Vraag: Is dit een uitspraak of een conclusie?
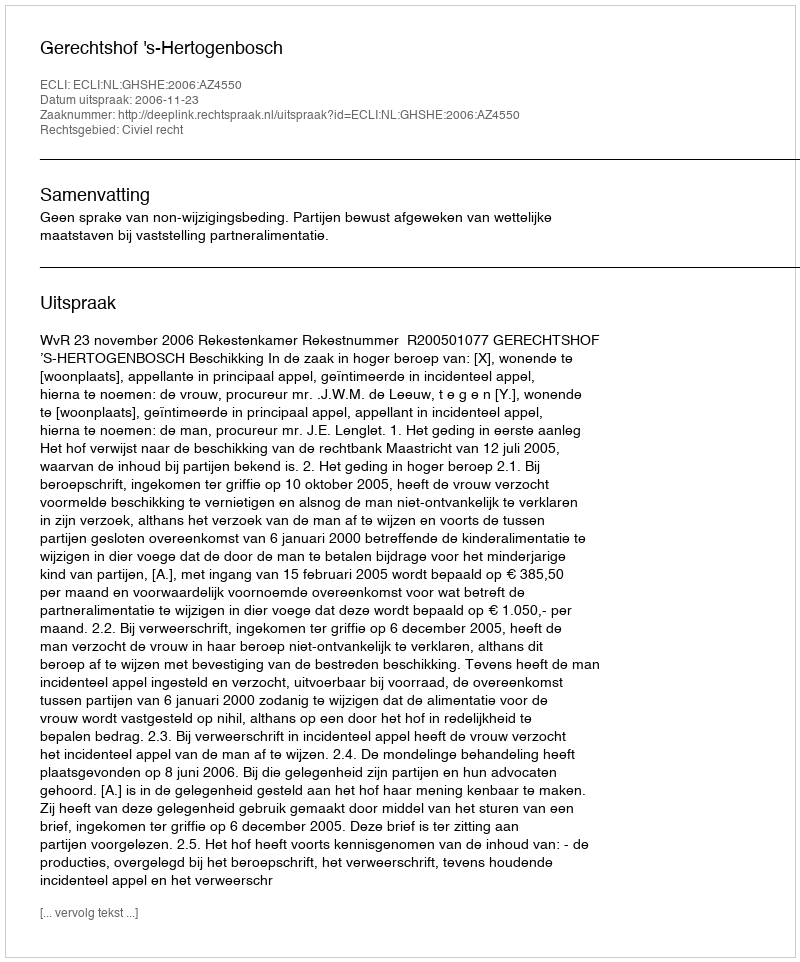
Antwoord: Uitspraak